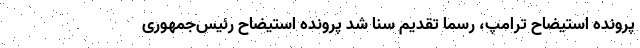
پرونده استیضاح ترامپ، رسما تقدیم سنا شد پرونده استیضاح رئیس‌جمهوری